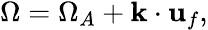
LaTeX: \begin{array}{r}{\Omega=\Omega_{A}+\mathbf{k}\cdot\mathbf{u}_{f},}\end{array}